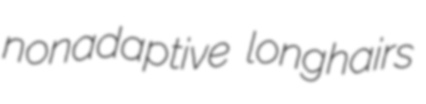
nonadaptive longhairs